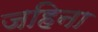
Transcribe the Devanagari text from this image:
जहिना